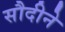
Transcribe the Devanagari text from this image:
सौदीने